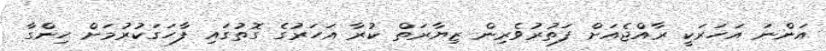
އަންނަ އަހަރަކީ ރާއްޖެއަށް ފަތުރުވެރިން ޒިޔާރަތް ކުރާ އަހަރުގެ ގޮތުގައި ފާހަގަކުރުމަށް ހިންގާ